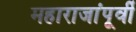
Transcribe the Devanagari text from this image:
महाराजांपूर्वी